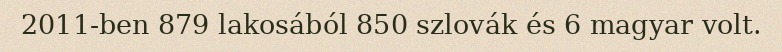
2011-ben 879 lakosából 850 szlovák és 6 magyar volt.